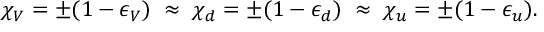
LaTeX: \chi _ { V } = \pm ( 1 - \epsilon _ { V } ) \; \approx \; \chi _ { d } = \pm ( 1 - \epsilon _ { d } ) \; \approx \; \chi _ { u } = \pm ( 1 - \epsilon _ { u } ) .